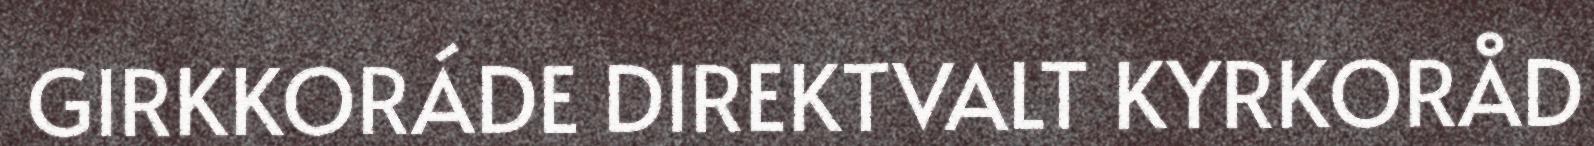
GIRKKORÁDE DIREKTVALT KYRKORÅD